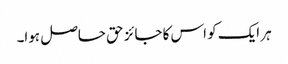
ہر ایک کو اس کا جائز حق حاصل ہوا۔